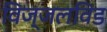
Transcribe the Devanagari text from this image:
विज्जलविड